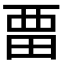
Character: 𭻌